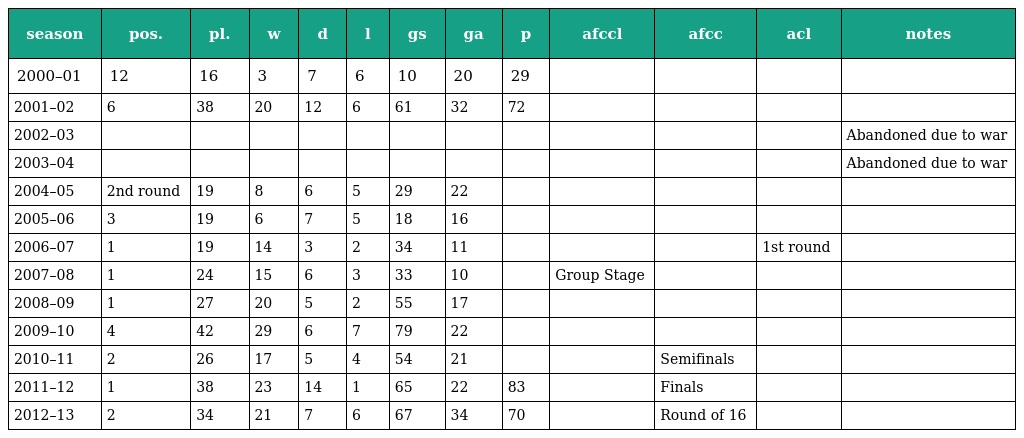
| season | pos. | pl. | w | d | l | gs | ga | p | afccl | afcc | acl | notes |
 | --- | --- | --- | --- | --- | --- | --- | --- | --- | --- | --- | --- | --- |
 | 2000–01 | 12 | 16 | 3 | 7 | 6 | 10 | 20 | 29 |  |  |  |  |
 | 2001–02 | 6 | 38 | 20 | 12 | 6 | 61 | 32 | 72 |  |  |  |  |
 | 2002–03 |  |  |  |  |  |  |  |  |  |  |  | Abandoned due to war |
 | 2003–04 |  |  |  |  |  |  |  |  |  |  |  | Abandoned due to war |
 | 2004–05 | 2nd round | 19 | 8 | 6 | 5 | 29 | 22 |  |  |  |  |  |
 | 2005–06 | 3 | 19 | 6 | 7 | 5 | 18 | 16 |  |  |  |  |  |
 | 2006–07 | 1 | 19 | 14 | 3 | 2 | 34 | 11 |  |  |  | 1st round |  |
 | 2007–08 | 1 | 24 | 15 | 6 | 3 | 33 | 10 |  | Group Stage |  |  |  |
 | 2008–09 | 1 | 27 | 20 | 5 | 2 | 55 | 17 |  |  |  |  |  |
 | 2009–10 | 4 | 42 | 29 | 6 | 7 | 79 | 22 |  |  |  |  |  |
 | 2010–11 | 2 | 26 | 17 | 5 | 4 | 54 | 21 |  |  | Semifinals |  |  |
 | 2011–12 | 1 | 38 | 23 | 14 | 1 | 65 | 22 | 83 |  | Finals |  |  |
 | 2012–13 | 2 | 34 | 21 | 7 | 6 | 67 | 34 | 70 |  | Round of 16 |  |  |